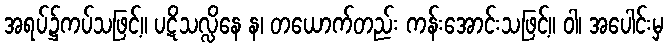
အရပ်၌ကပ်သဖြင့်။ ပဋိသလ္လိနေ န၊ တယောက်တည်း ကန်းအောင်းသဖြင့်။ ဝါ၊ အပေါင်းမှ